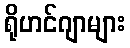
ရိုဟင်ဂျာများ